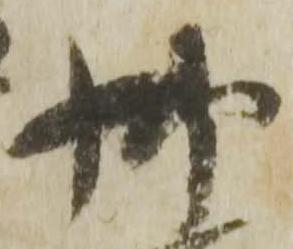
御